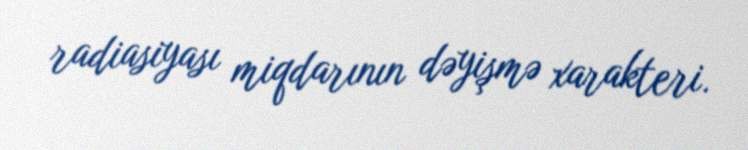
radiasiyası miqdarının dəyişmə xarakteri.